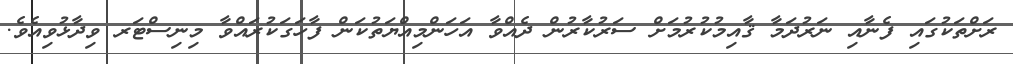
ރަށްތަކުގައި ފެނާއި ނަރުދަމާ ޤާއިމުކުރުމަށް ސަރުކާރުން ދެއްވާ އަހަންމިއްޔަތުކަން ފާހަގަކުރައްވާ މިނިސްޓަރ ވިދާޅުވިއެވެ.